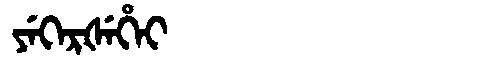
Manchu: ᠶᡝᡴᡝᡵᡧᡝᡥᡝᡳ
Romanization: YEKERŠEHEI